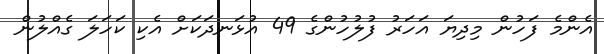
އެންމެ ފަހުން މިދިޔަ އަހަރު ފުލުހުންގެ 49 އުޅަނދަކަށް އެކި ކަހަލަ ގެއްލުން